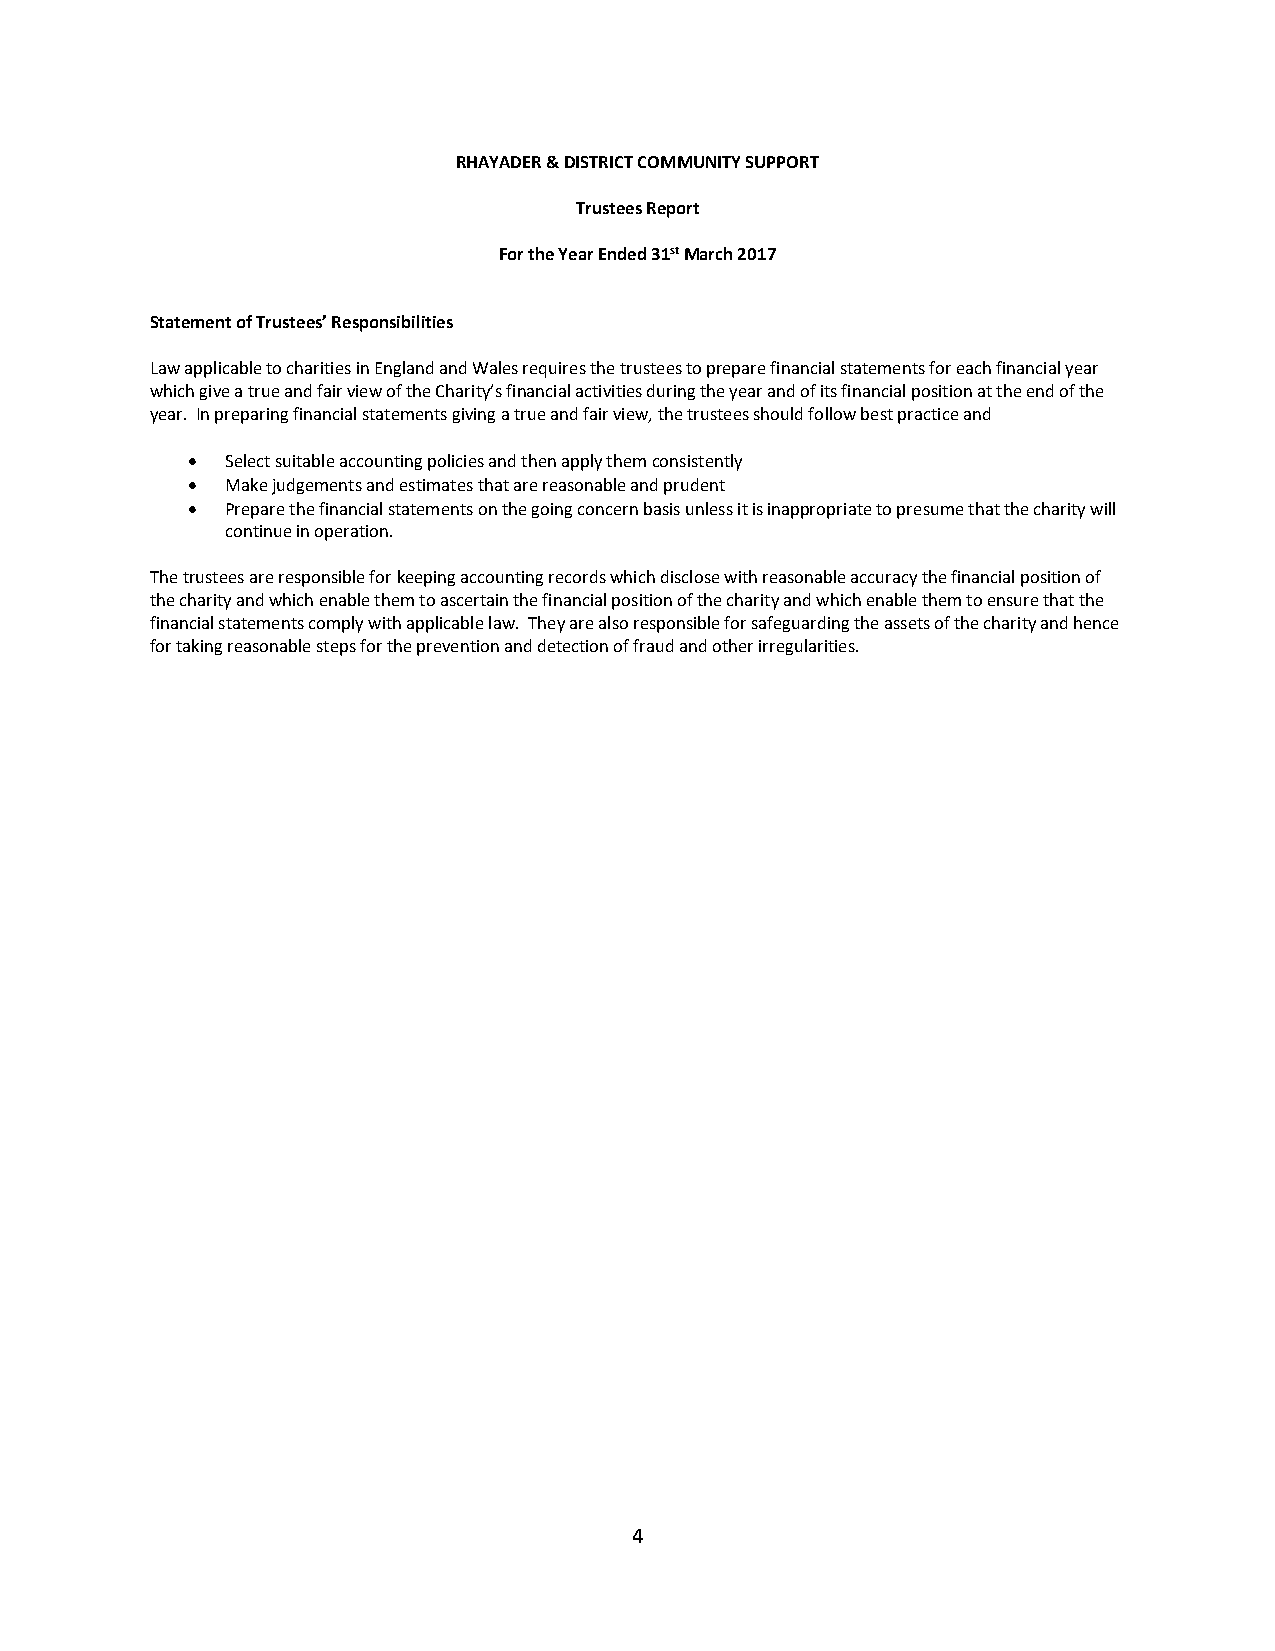
RHAYADER & DISTRICT COMMUNITY SUPPORT
 Trustees Report
 For the Year Ended 31st March 2017
 Statement of Trustees’ Responsibilities
 Law applicable to charities in England and Wales requires the trustees to prepare financial statements for each financial year
 which give a true and fair view of the Charity’s financial activities during the year and of its financial position at the end of the
 year. In preparing financial statements giving a true and fair view, the trustees should follow best practice and
   Select suitable accounting policies and then apply them consistently
   Make judgements and estimates that are reasonable and prudent
   Prepare the financial statements on the going concern basis unless it is inappropriate to presume that the charity will
 continue in operation.
 The trustees are responsible for keeping accounting records which disclose with reasonable accuracy the financial position of
 the charity and which enable them to ascertain the financial position of the charity and which enable them to ensure that the
 financial statements comply with applicable law. They are also responsible for safeguarding the assets of the charity and hence
 for taking reasonable steps for the prevention and detection of fraud and other irregularities.
 4